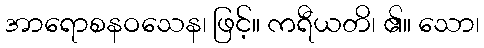
အာရောစနဝသေန၊ ဖြင့်။ ကရီယတိ၊ ၏။ သော၊